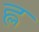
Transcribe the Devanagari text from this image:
ह्ल